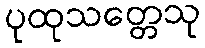
ပုထုသတ္တေသု